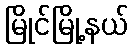
မြိုင်မြို့နယ်